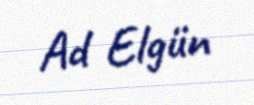
Ad Elgün